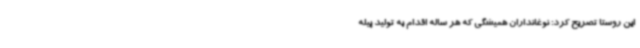
این روستا تصریح کرد: نوغانداران همیشگی که هر ساله اقدام به تولید پیله